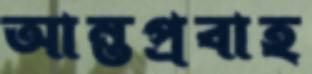
আন্তপ্রবাহ